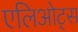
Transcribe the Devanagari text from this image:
एलिओट्स